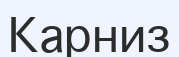
Карниз